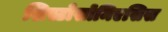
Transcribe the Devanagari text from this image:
शिस्टोसोमिएसिस